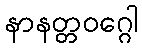
နာနတ္တဝဂ္ဂေါ